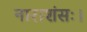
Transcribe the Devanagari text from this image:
नाराशंसः।